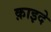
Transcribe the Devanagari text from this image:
क़ाइदे